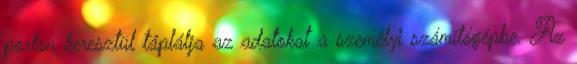
porton keresztül táplálja az adatokat a személyi számítógépbe. Az